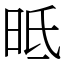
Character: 㫝